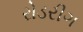
રોડરીગ